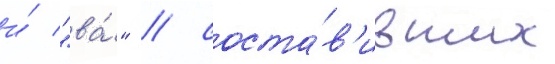
и́ "ва́" / соста́в'ивших